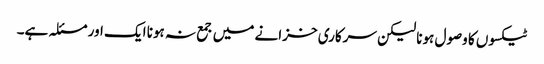
ٹیکسوں کا وصول ہونا لیکن سرکاری خزانے میں جمع نہ ہونا ایک اور مسئلہ ہے۔